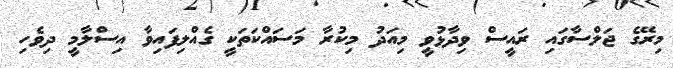
މިރޭގެ ޖަލްސާގައި ރައީސް ވިދާޅުވީ މިއަދު މިކުރާ މަސައްކަތަކީ ގެއްލިފައިވާ އިސްލާމީ ދިވެހި